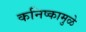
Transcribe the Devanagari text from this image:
कनिष्कामुळे